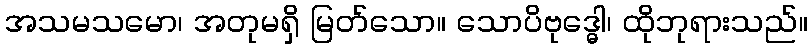
အသမသမော၊ အတုမရှိ မြတ်သော။ သောပိဗုဒ္ဓေါ၊ ထိုဘုရားသည်။